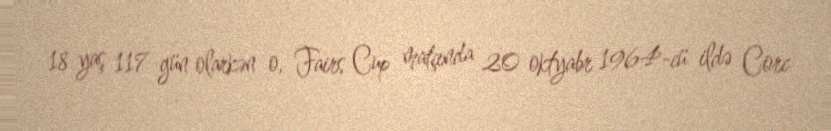
18 yaş 117 gün olarkən o, Fairs Cup matçında 20 oktyabr 1964-cü ildə Corc